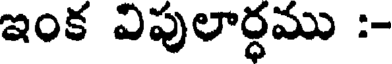
ఇంక విపులార్ధము :-